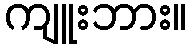
ကျူးဘား။